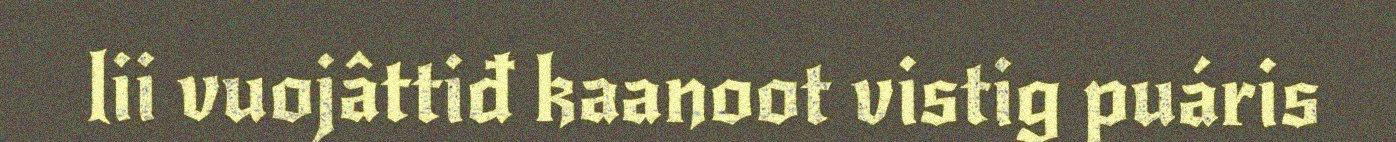
lii vuojâttiđ kaanoot vistig puáris